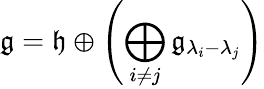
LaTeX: {\mathfrak{g}}={\mathfrak{h}}\oplus\left(\bigoplus_{i\neq j}{\mathfrak{g}}_{\lambda_{i}-\lambda_{j}}\right)